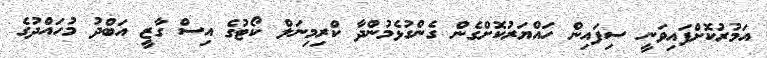
އަމުރުކޮށްފައިވަނީ ސިިފައިން ހައްޔަރުކޮށްގެން ގެންގުޅެމުންދާ ކްރިމިނަލް ކޯޓުގެ އިސް ގާޒީ އަބްދު މުހައްދުގެ